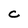
Character: c